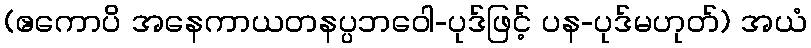
(ဧကောပိ အနေကာယတနပ္ပဘဝေါ-ပုဒ်ဖြင့် ပန-ပုဒ်မဟုတ်) အယံ